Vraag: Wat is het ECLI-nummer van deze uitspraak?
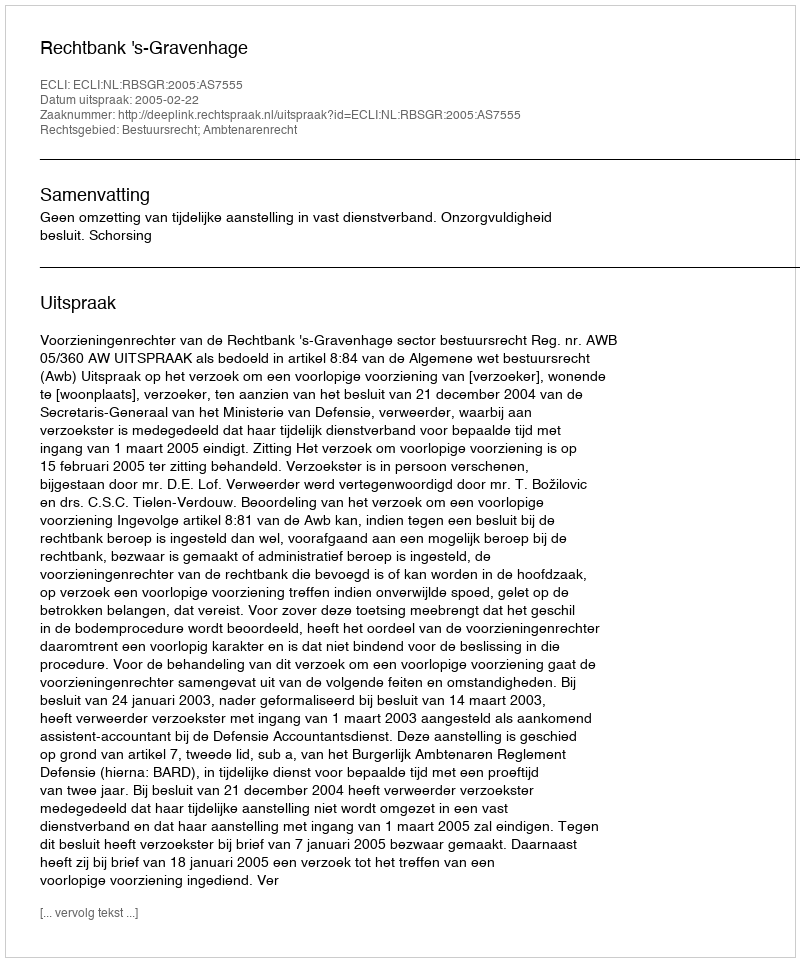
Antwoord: ECLI:NL:RBSGR:2005:AS7555